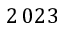
2 \, 0 2 3